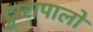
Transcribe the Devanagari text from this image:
द्वारापालों